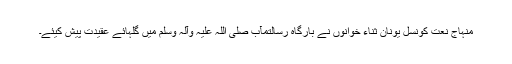
منہاج نعت کونسل یونان ثناء خوانوں نے بارگاہ رسالتمآب صلی اللہ علیہ وآلہ وسلم میں گلہائے عقیدت پیش کیئے۔